Indian journal of veterinary science and animal husbandry - Volumes 28-29, 1958-1959
Year: 1958
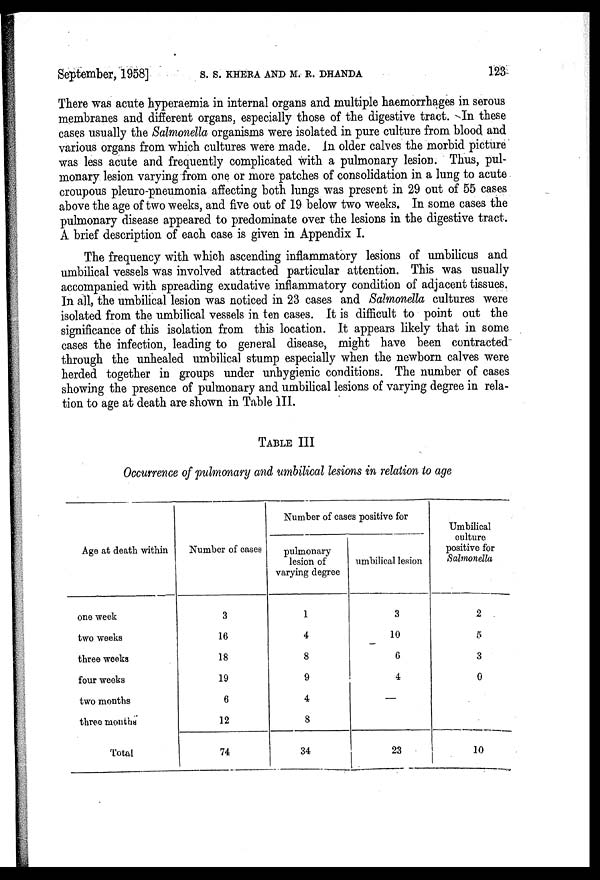
September, 1958] S. S. KHERA AND M. R. DHANDA 123
There was acute hyperaemia in internal organs and multiple haemorrhages in serous
membranes and different organs, especially those of the digestive tract. In these
cases usually the Salmonella organisms were isolated in pure culture from blood and
various organs from which cultures were made. In older calves the morbid picture
was less acute and frequently complicated with a pulmonary lesion. Thus, pul-
monary lesion varying from one or more patches of consolidation in a lung to acute
croupous pleuro-pneumonia affecting both lungs was present in 29 out of 55 cases
above the age of two weeks, and five out of 19 below two weeks. In some cases the
pulmonary disease appeared to predominate over the lesions in the digestive tract.
A brief description of each case is given in Appendix I.
The frequency with which ascending inflammatory lesions of umbilicus and
umbilical vessels was involved attracted particular attention. This was usually
accompanied with spreading exudative inflammatory condition of adjacent tissues.
In all, the umbilical lesion was noticed in 23 cases and Salmonella cultures were
isolated from the umbilical vessels in ten cases. It is difficult to point out the
significance of this isolation from this location. It appears likely that in some
cases the infection, leading to general disease, might have been contracted
through the unhealed umbilical stump especially when the newborn calves were
herded together in groups under unhygienic conditions. The number of cases
showing the presence of pulmonary and umbilical lesions of varying degree in rela-
tion to age at death are shown in Table III.
TABLE III
Occurrence of pulmonary and umbilical lesions in relation to age
Age at death within
one week
two weeks
three weeks
four weeks
two months
three mouths
Total
Number of cases
3
16
18
19
6
12
74
Number of cases positive for
pulmonary
lesion of
varying degree
1
4
8
9
4
S
34
umbilical lesion
3
10
6
4
—
23
Umbilical
culture
positive for
Salmonella
2
5
3
0
10